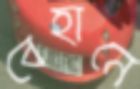
বেহানে